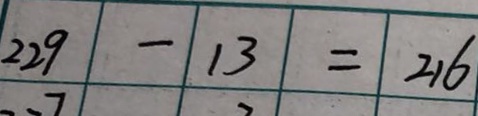
2 2 9 - 1 3 = 2 1 6